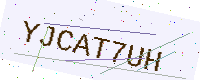
Text: YJCAT7UH